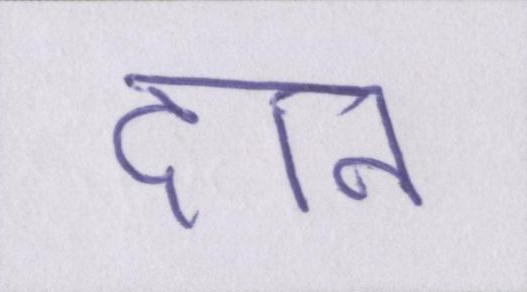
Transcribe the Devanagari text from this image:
दान